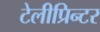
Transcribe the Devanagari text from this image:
टेलीप्रिन्टर